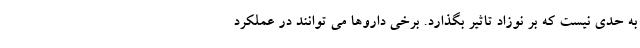
به حدی نیست که بر نوزاد تاثیر بگذارد. برخی داروها می توانند در عملکرد